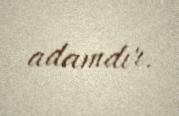
adamdır.